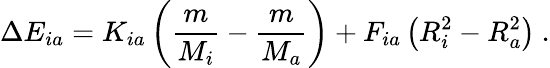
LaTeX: \Delta E_{ia}=K_{ia}\left(\frac{m}{M_{i}}-\frac{m}{M_{a}}\right)+F_{ia}\left(R_{i}^{2}-R_{a}^{2}\right)\ .